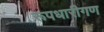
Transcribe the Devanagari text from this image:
रूपधारीगण